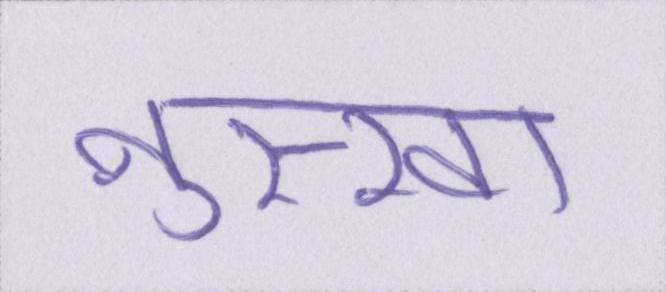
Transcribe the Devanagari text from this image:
नुस्खा